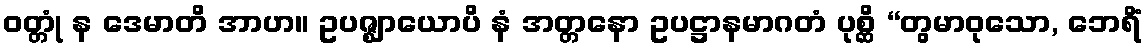
ဝတ္တုံ န ဒေမာတိ အာဟ။ ဥပဇ္ဈာယောပိ နံ အတ္တနော ဥပဋ္ဌာနမာဂတံ ပုစ္ဆိ “တွမာဝုသော, ဘေရိံ